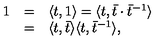
\begin{array} { r c l } { 1 } & { = } & { \langle t , 1 \rangle = \langle t , { \bar { t } } \cdot { \bar { t } } ^ { - 1 } \rangle } \\ { } & { = } & { \langle t , \bar { t } \rangle \langle t , \bar { t } ^ { - 1 } \rangle , } \\ \end{array}